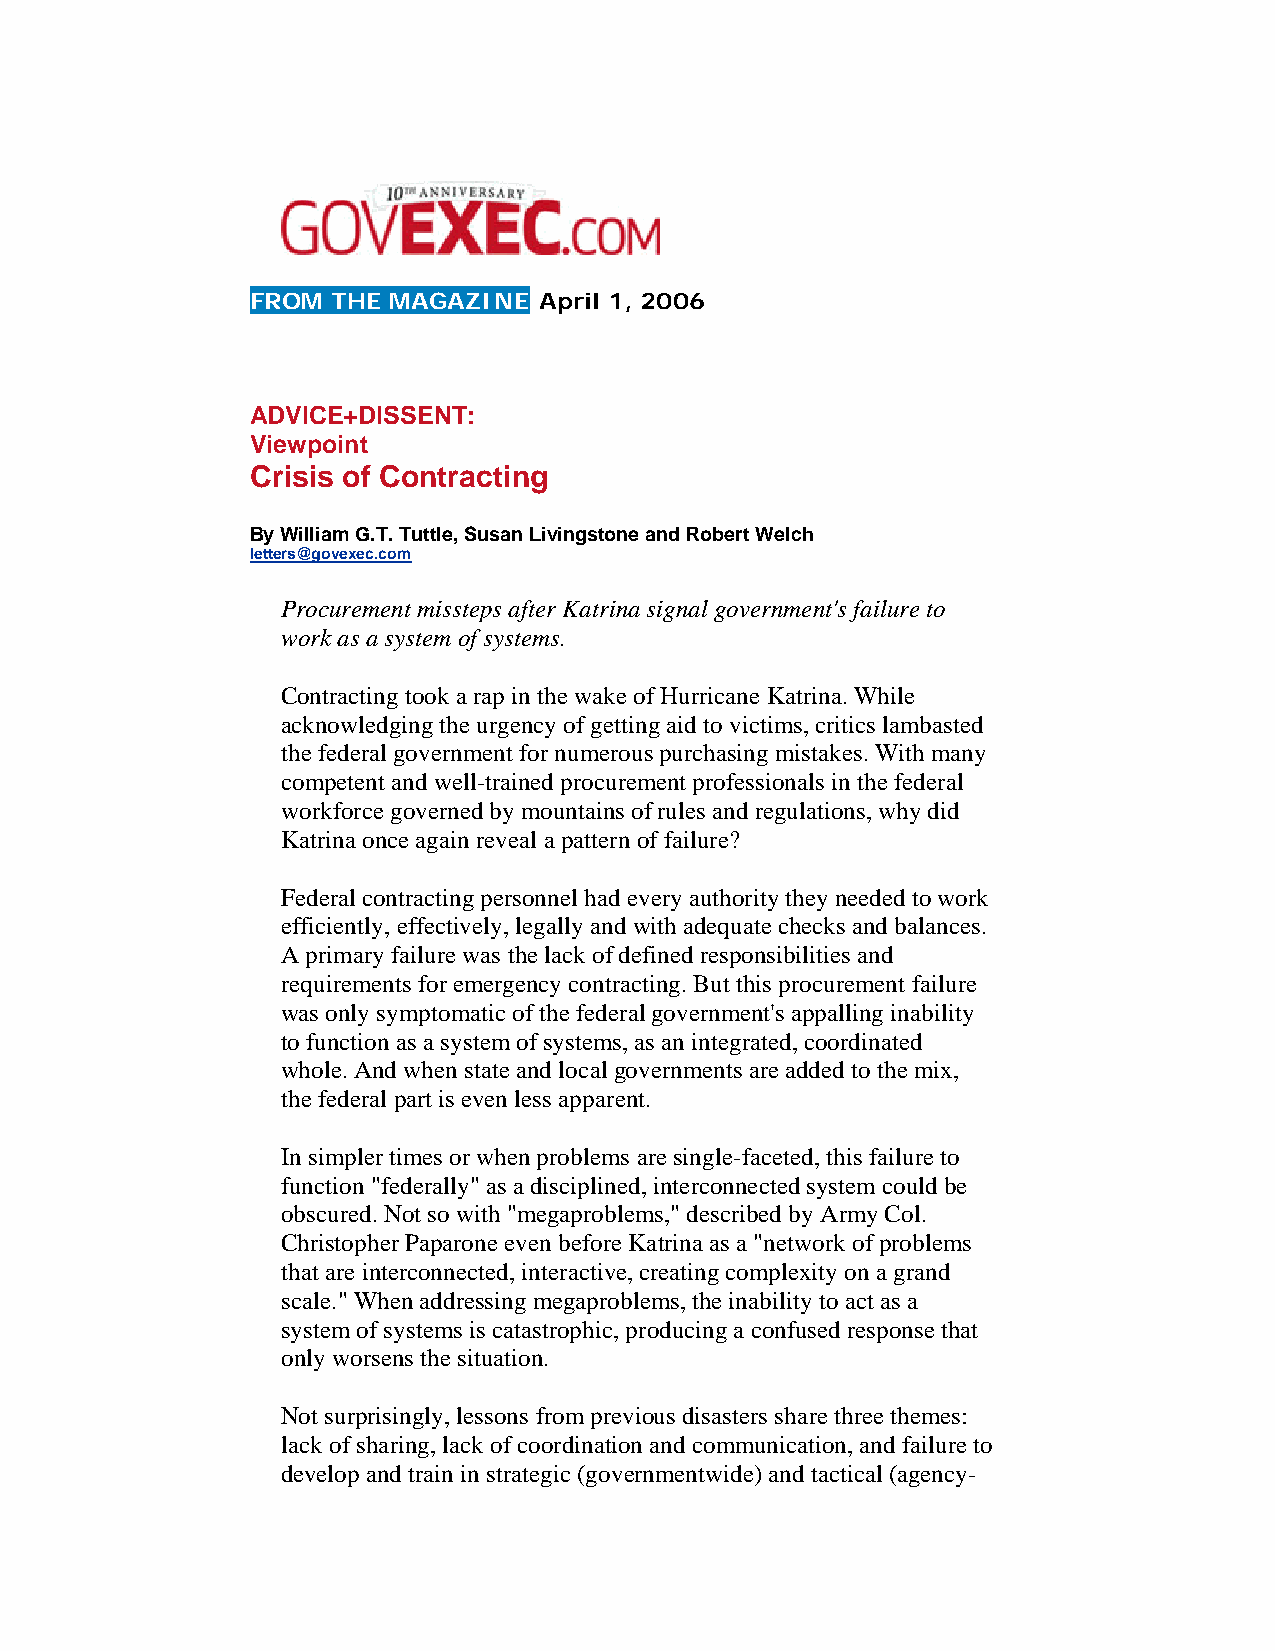
FROM THE MAGAZINE  April 1, 2006
 ADVICE+DISSENT:
 Viewpoint
 Crisis of Contracting
 By William G.T. Tuttle, Susan Livingstone and Robert Welch
 letters@govexec.com
 Procurement missteps after Katrina signal government's failure to
 work as a system of systems.
 Contracting took a rap in the wake of Hurricane Katrina. While
 acknowledging the urgency of getting aid to victims, critics lambasted
 the federal government for numerous purchasing mistakes. With many
 competent and well-trained procurement professionals in the federal
 workforce governed by mountains of rules and regulations, why did
 Katrina once again reveal a pattern of failure?
 Federal contracting personnel had every authority they needed to work
 efficiently, effectively, legally and with adequate checks and balances.
 A primary failure was the lack of defined responsibilities and
 requirements for emergency contracting. But this procurement failure
 was only symptomatic of the federal government's appalling inability
 to function as a system of systems, as an integrated, coordinated
 whole. And when state and local governments are added to the mix,
 the federal part is even less apparent.
 In simpler times or when problems are single-faceted, this failure to
 function "federally" as a disciplined, interconnected system could be
 obscured. Not so with "megaproblems," described by Army Col.
 Christopher Paparone even before Katrina as a "network of problems
 that are interconnected, interactive, creating complexity on a grand
 scale." When addressing megaproblems, the inability to act as a
 system of systems is catastrophic, producing a confused response that
 only worsens the situation.
 Not surprisingly, lessons from previous disasters share three themes:
 lack of sharing, lack of coordination and communication, and failure to
 develop and train in strategic (governmentwide) and tactical (agency-